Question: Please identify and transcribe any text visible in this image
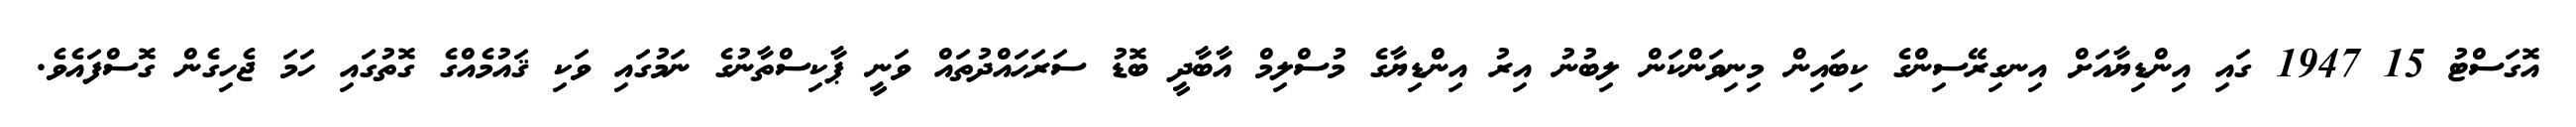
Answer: އޮގަސްޓު 15 1947 ގައި އިންޑިޔާއަށް އިނގިރޭސިންގެ ކިބައިން މިނިވަންކަން ލިބުނު އިރު އިންޑިޔާގެ މުސްލިމް އާބާދީ ބޮޑު ސަރަޙައްދުތައް ވަނީ ޕާކިސްތާނުގެ ނަމުގައި ވަކި ޤައުމެއްގެ ގޮތުގައި ހަމަ ޖެހިގެން ގޮސްފައެވެ.